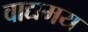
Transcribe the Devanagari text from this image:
वाद्यमय